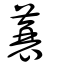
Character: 蓑